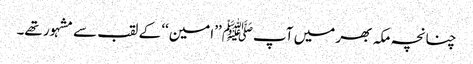
چنانچہ مکہ بھر میں آپﷺ ’’امین‘‘ کے لقب سے مشہور تھے۔